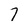
Character: 7